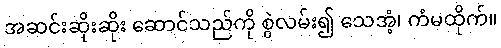
အဆင်းဆိုးဆိုး ဆောင်သည်ကို စွဲလမ်း၍ သေအံ့၊ ကံမထိုက်။